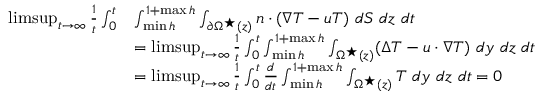
\begin{array} { r l } { \operatorname* { l i m s u p } _ { t \rightarrow \infty } \frac { 1 } { t } \int _ { 0 } ^ { t } } & { \int _ { \operatorname* { m i n } h } ^ { 1 + \operatorname* { m a x } h } \int _ { \partial \Omega ^ { \star } ( z ) } n \cdot ( \nabla T - u T ) \ d S \ d z \ d t } \\ & { = \operatorname* { l i m s u p } _ { t \rightarrow \infty } \frac { 1 } { t } \int _ { 0 } ^ { t } \int _ { \operatorname* { m i n } h } ^ { 1 + \operatorname* { m a x } h } \int _ { \Omega ^ { \star } ( z ) } ( \Delta T - u \cdot \nabla T ) \ d y \ d z \ d t } \\ & { = \operatorname* { l i m s u p } _ { t \rightarrow \infty } \frac { 1 } { t } \int _ { 0 } ^ { t } \frac { d } { d t } \int _ { \operatorname* { m i n } h } ^ { 1 + \operatorname* { m a x } h } \int _ { \Omega ^ { \star } ( z ) } T \ d y \ d z \ d t = 0 \, } \end{array}